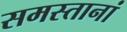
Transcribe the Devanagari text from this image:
समस्तानां